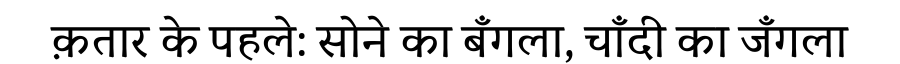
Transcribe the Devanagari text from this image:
क़तार के पहले: सोने का बँगला, चाँदी का जँगला